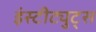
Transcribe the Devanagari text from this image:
इंस्टीट्युट्स